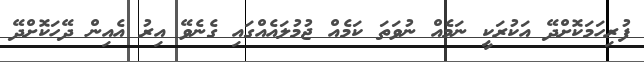
ފުރިހަމަކޮށްދޭ އަކުރަކީ ނަމެއް ނުވަތަ ކަމެއް ޖުމުލައެއްގައި ގެނެވޭ އިރު އެއިން ދޭހަކޮށްދޭ